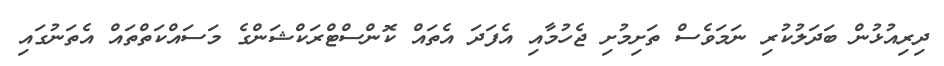
ދިރިއުޅުން ބަދަލުކުރި ނަމަވެސް ތަށިމުށި ޖެހުމާއި އެފަދަ އެތައް ކޮންސްޓްރަކްޝަންގެ މަސައްކަތްތައް އެތަނުގައި